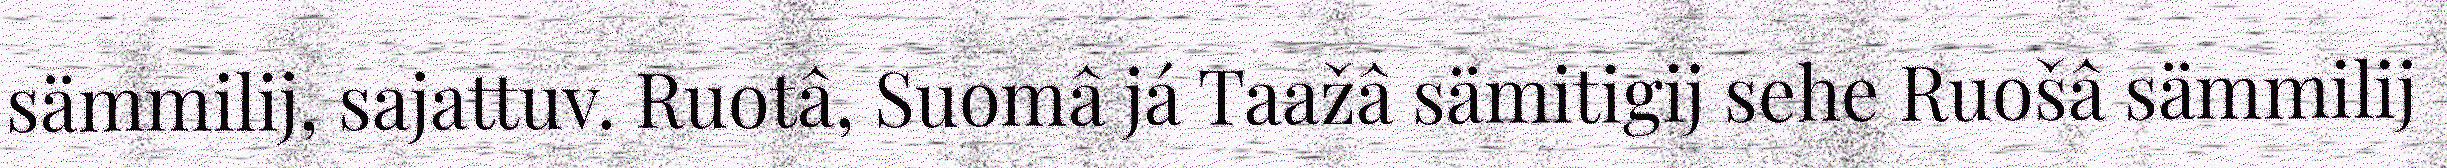
sämmilij, sajattuv. Ruotâ, Suomâ já Taažâ sämitigij sehe Ruošâ sämmilij